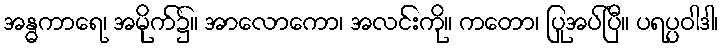
အန္ဓကာရေ၊ အမိုက်၌။ အာလောကော၊ အလင်းကို။ ကတော၊ ပြုအပ်ပြီ။ ပရပ္ပဝါဒါ၊